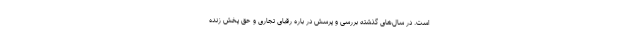
است. در سال‌های گذشته بررسی و پرسش در باره رقبای تجاری و حق پخش زنده